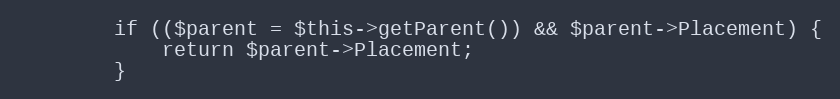
Language: PHP
        if (($parent = $this->getParent()) && $parent->Placement) {
            return $parent->Placement;
        }